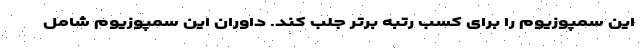
این سمپوزیوم را برای کسب رتبه برتر جلب کند. داوران این سمپوزیوم شامل